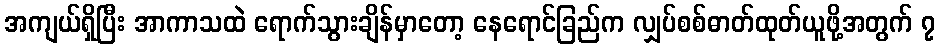
အကျယ်ရှိပြီး အာကာသထဲ ရောက်သွားချိန်မှာတော့ နေရောင်ခြည်က လျှပ်စစ်ဓာတ်ထုတ်ယူဖို့အတွက် ၇